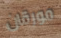
مورقان